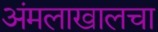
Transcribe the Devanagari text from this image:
अंमलाखालचा